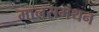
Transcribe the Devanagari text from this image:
मानसमंथन